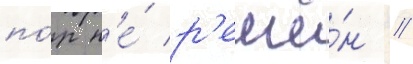
по́р н'е́ р'ешё́н //